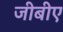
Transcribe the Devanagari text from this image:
जीबीए